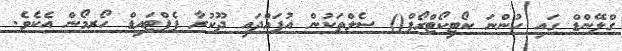
ގްލޭންޑް ގައި ހުންނަ ކޯޓިކޯޓްރޯޕް() ސެލްތަކުން އުފައްދައި ދޫކުރާ ޕެޕްޓައިޑް ހޯރމޯން އެކެވެ.